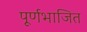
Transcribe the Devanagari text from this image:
पूर्णभाजित